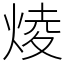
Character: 𤊥